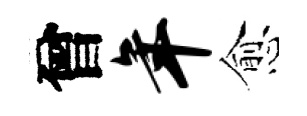
曾年愈